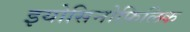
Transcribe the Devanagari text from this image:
इयोसिनोफ़िलिक